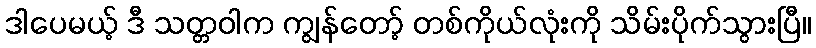
ဒါပေမယ့် ဒီ သတ္တဝါက ကျွန်တော့် တစ်ကိုယ်လုံးကို သိမ်းပိုက်သွားပြီ။